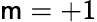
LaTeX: \mathsf{m}=+1